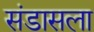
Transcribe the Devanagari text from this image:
संडासला